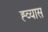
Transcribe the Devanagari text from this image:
ह्व्यास